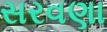
સરવણા